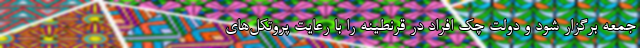
جمعه برگزار شود و دولت چک افراد در قرنطینه را با رعایت پروتکل‌های